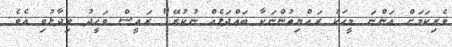
ވެރިކަމަށް އަންނަ މީހަކު ރައްޔިތުންނަކާ ބައްދަލެއް ނުކުރޭ" ރައީސް ވަހީދު ވިދާޅުވި އެވެ.